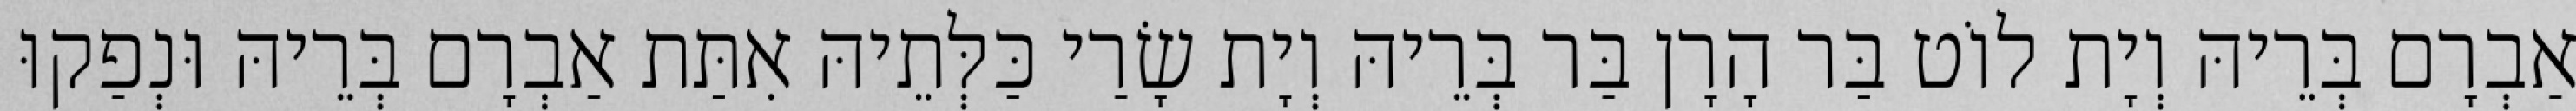
אַבְרָם בְּרֵיהּ וְיָת לוֹט בַּר הָרָן בַּר בְּרֵיהּ וְיָת שָׂרַי כַּלְּתֵיהּ אִתַּת אַבְרָם בְּרֵיהּ וּנְפַקוּ